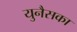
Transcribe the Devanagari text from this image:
युनैसका